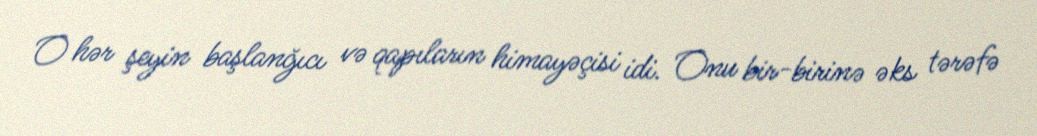
O hər şeyin başlanğıcı və qapıların himayəçisi idi. Onu bir-birinə əks tərəfə